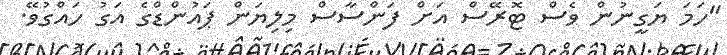
"ހަމަ ޔަގީނުން ވެސް ޓޮރޭސް އަށް ފަންސާސް މިލިޔަން ޕައުންޑްގެ އަގު ހައްގުވޭ.